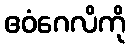
ဧဝံဂေလိကို